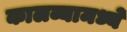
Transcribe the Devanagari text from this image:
कालव्यामध्ये